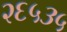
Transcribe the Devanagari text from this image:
२६५३५